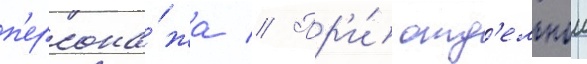
п'ерсона́жа // Пр'и́ отд'ельнои